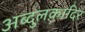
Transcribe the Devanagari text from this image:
अब्दुलक़ादिर